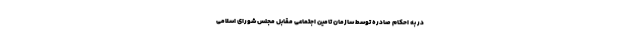
در به احکام صادره توسط سازمان تامین اجتماعی مقابل مجلس شورای اسلامی